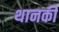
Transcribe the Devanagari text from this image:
थानकी